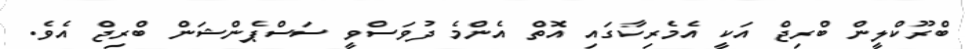
ބްރޫކްލީން ބްރިޖް އަކީ އެމެރިކާގައި އޮތް އެންމެ ދުވަސްވީ ސަސްޕެންޝަން ބްރިޖް އެވެ.